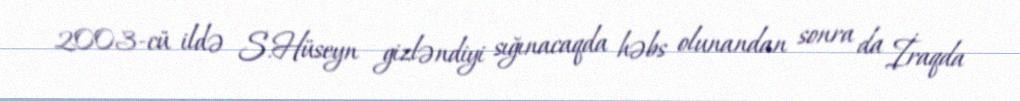
2003-cü ildə S.Hüseyn gizləndiyi sığınacaqda həbs olunandan sonra da İraqda